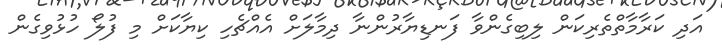
އަދި ކަރާމާތްތެރިކަން ލިބިގެންވާ ފަނޑިޔާރުންނާ ދިމާލަށް އެއްޗެހި ކިޔާކަށް މި ފުލޯ ހުޅުވިގެން